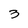
Character: 3